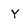
Character: Y